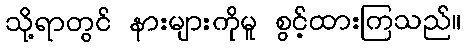
သို့ရာတွင် နားများကိုမူ စွင့်ထားကြသည်။